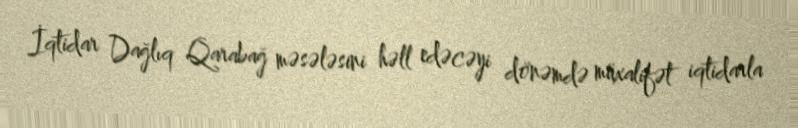
İqtidar Dağlıq Qarabağ məsələsini həll edəcəyi dönəmdə müxalifət iqtidarla